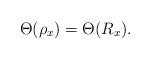
LaTeX: \begin{align*}\Theta(\rho_x)=\Theta(R_x).\end{align*}